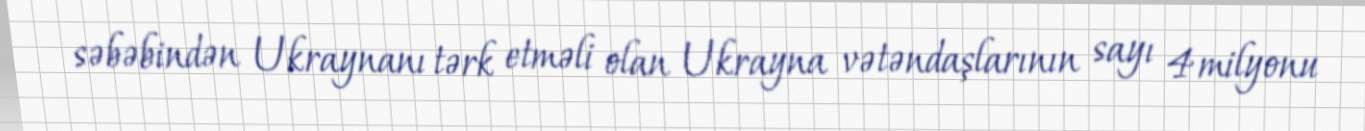
səbəbindən Ukraynanı tərk etməli olan Ukrayna vətəndaşlarının sayı 4 milyonu